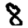
Digit: 8